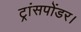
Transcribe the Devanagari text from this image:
ट्रांसपोंडर।